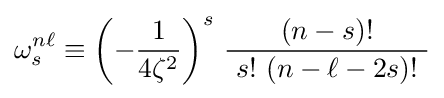
\omega _{s}^{n\ell }\equiv \left(-{\frac {1}{4\zeta ^{2}}}\right)^{s}\,{\frac {(n-s)!}{~s!~(n-\ell -2s)!~}}